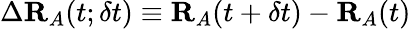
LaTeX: \Delta\mathbf{R}_{A}(t;\delta t)\equiv\mathbf{R}_{A}(t+\delta t)-\mathbf{R}_{A}(t)